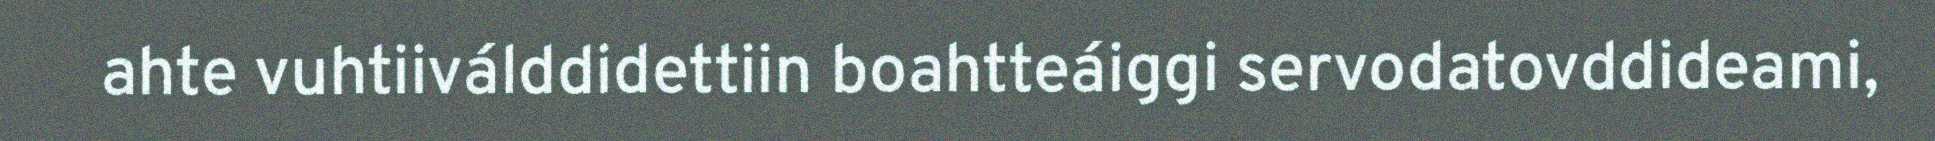
ahte vuhtiiválddidettiin boahtteáiggi servodatovddideami,